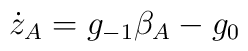
\dot z_A = g_{-1}\beta_A  - g_0